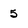
Character: 5